Vaccination report Assam 1896-1927 - 1896-1927
Year: 1896
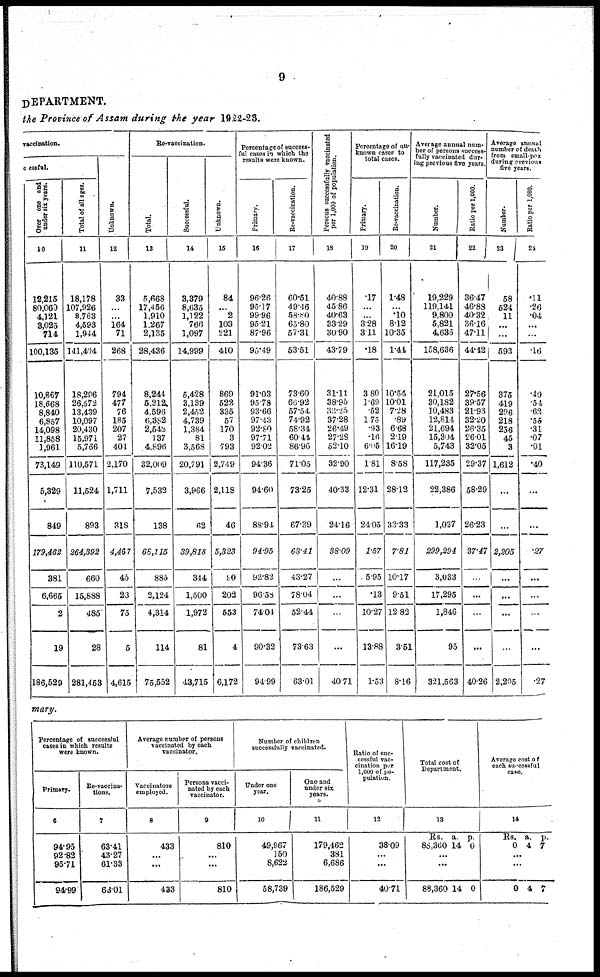
9
DEPARTMENT.
the Province of Assam during the year 1922-23.
vaccination.
ccessful.
Over one and
under six years.
10
12,215
80,060
4,121
3,025
714
100,135
10,867
18,668
8,840
6,857
14,098
11,858
1,961
73,149
5,329
849
179,462
381
6,665
2
19
186,529
Total of all ages.
11
18,178
107,926
8,763
4,593
1,944
141,404
18,296
26,572
13,439
10,097
20,430
15,971
5,766
110,571
11,524
893
264,392
660
15,888
485
28
281,453
Unknown.
12
33
...
...
164
71
268
794
477
76
185
207
27
404
2,170
1,711
318
4,467
45
23
75
5
4,615
Re-vaccination.
Total.
13
5,668
17,456
1,910
1,267
2,135
28,436
8,244
5,212
4,596
6,382
2,542
137
4,896
32,009
7,533
138
68,115
885
2,124
4,314
114
75,552
Successful.
14
3,379
8,635
1,122
766
1,097
14,999
5,428
3,139
2,452
4,739
1,384
81
3,568
20,791
3,966
62
39,818
344
1,500
1,972
81
43,715
Unknown.
15
84
...
2
103
221
410
869
522
335
57
170
3
793
2,749
2,118
46
5,323
90
202
553
4
6,172
Percentage of success-
ful cases in which the
results were known.
Primary.
16
96.26
95.17
99.96
95.21
87.96
95.49
91.03
95.78
93.66
97.43
92.80
97.71
92.02
94.36
94.60
88.94
94.95
92.82
96.58
74.04
90.32
94.99
Re-vaccination.
17
60.51
49.46
58.80
65.80
57.31
53.51
73.60
66.92
57.54
74.92
58.34
60.44
86.96
71.05
73.25
67.39
63.41
43.27
78.04
52.44
73.63
63.01
Persons successfully vaccinated
per 1,000 of population.
18
40.88
45.86
40.63
33.29
30.90
43.79
31.11
38.95
33.25
37.28
26.49
27.28
52.10
32.90
40.33
24.16
38.09
...
...
...
...
40.71
Percentage of an
known cases to
total cases.
Primary.
19
.17
...
...
3.28
3.11
.18
3.80
1.69
.52
1.75
.93
.16
6.05
1.81
12.31
24.05
1.57
5.95
.13
10.27
13.88
1.53
Re-vaccination.
20
1.48
...
.10
8.12
10.35
1.41
10.54
10.01
7.28
.89
6.68
2.19
16.19
8.58
28.12
33.33
7.81
10.17
9.51
12.83
3.51
8.16
Average annual num-
ber of persons success-
fully vaccinated dur-
ing previous five years.
Number.
21
19,229
119,141
9,809
5,821
4,636
158,636
21,015
30,182
10,483
12,814
21,694
15,304
5,743
117,235
22,386
1,037
299,294
3,033
17,295
1,846
95
321,563
Ratio per 1,000.
22
36.47
46.88
40.32
36.16
47.11
44.42
27.56
39.57
21.93
32.20
26.35
26.01
32.05
29.37
58.29
26.23
37.47
...
...
...
...
40.26
Average animal
number of death
from small-pox
during previous
five years.
Number.
23
58
524
11
...
...
593
375
419
296
218
256
45
3
1,612
...
...
2,205
...
...
...
...
2,205
Ratio per 1,000.
24
.11
.26
.04
...
...
.16
.49
.54
.62
.55
.31
.07
.01
.40
...
...
.27
...
...
...
...
.27
mary.
Percentage of successful
cases in which results
were known.
Primary.
6
94.95
92.82
95.71
94.99
Re-vaccina-
tions.
7
63.41
43.27
61.33
63.01
Average number of persons
vaccinated by each
vaccinator.
Vaccinators
employed.
8
433
...
...
433
Persons vacci-
nated by each
vaccinator.
9
810
...
...
810
Number of children
successfully vaccinated.
Under one
year.
10
49,967
150
8,622
58,739
One and
under six
years.
11
179,462
381
6,686
186,529
Ratio of suc-
cessful vac-
cination per
1,000 of po-
pulation.
12
3809
...
...
40.71
Total cost of
Department.
13
Rs.
88,360
a.
14
p.
0
...
...
88,360 14 0
Average cost of
each successful
case.
14
Rs.
0
a.
4
p.
7
...
...
0 4 7